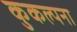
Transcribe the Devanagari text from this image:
कुकल्पना